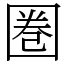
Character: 圏